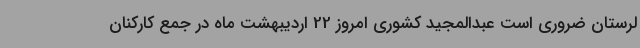
لرستان ضروری است عبدالمجید کشوری امروز 22 اردیبهشت ماه در جمع کارکنان